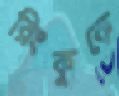
রিংকুকে